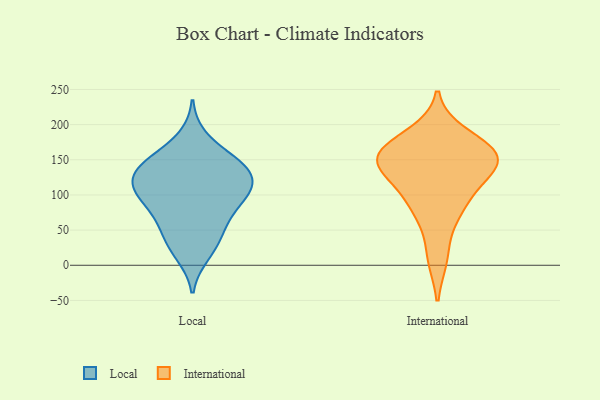
{"axis": {"x": "Shipments", "y": "Value"}, "legend": ["International", "Local"], "data": [{"x": "", "y": 134, "type": "Local"}, {"x": "", "y": 105, "type": "Local"}, {"x": "", "y": 181, "type": "Local"}, {"x": "", "y": 100, "type": "Local"}, {"x": "", "y": 109, "type": "Local"}, {"x": "", "y": 93, "type": "Local"}, {"x": "", "y": 15, "type": "Local"}, {"x": "", "y": 129, "type": "Local"}, {"x": "", "y": 141, "type": "Local"}, {"x": "", "y": 25, "type": "Local"}, {"x": "", "y": 64, "type": "Local"}, {"x": "", "y": 76, "type": "Local"}, {"x": "", "y": 40, "type": "Local"}, {"x": "", "y": 146, "type": "Local"}, {"x": "", "y": 110, "type": "Local"}, {"x": "", "y": 150, "type": "Local"}, {"x": "", "y": 145, "type": "Local"}, {"x": "", "y": 112, "type": "Local"}, {"x": "", "y": 56, "type": "Local"}, {"x": "", "y": 12, "type": "International"}, {"x": "", "y": 162, "type": "International"}, {"x": "", "y": 157, "type": "International"}, {"x": "", "y": 75, "type": "International"}, {"x": "", "y": 86, "type": "International"}, {"x": "", "y": 156, "type": "International"}, {"x": "", "y": 114, "type": "International"}, {"x": "", "y": 136, "type": "International"}, {"x": "", "y": 155, "type": "International"}, {"x": "", "y": 185, "type": "International"}, {"x": "", "y": 143, "type": "International"}]}